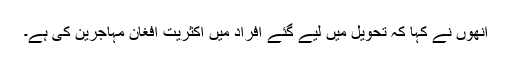
اُنھوں نے کہا کہ تحویل میں لیے گئے افراد میں اکثریت افغان مہاجرین کی ہے۔